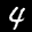
Label: 4